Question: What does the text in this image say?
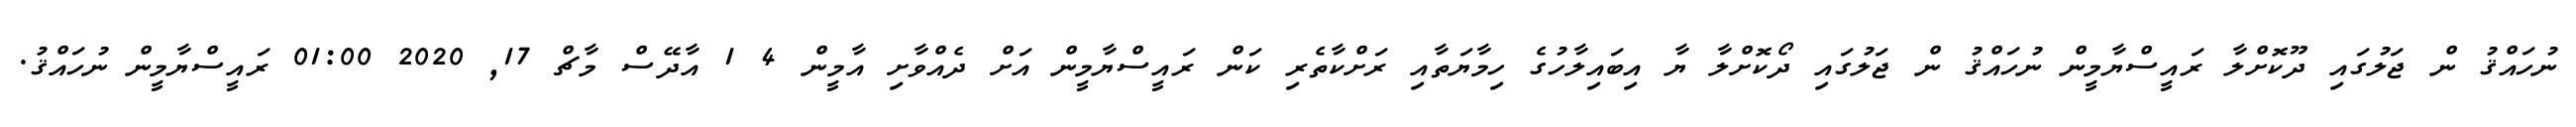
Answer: ނުހައްޤު ން ޖަލުގައި ދޫކޮށްލާ ރައީސްޔާމީން ނުހައްޤު ން ޖަލުގައި ދޯކޮށްލާ ޔާ އިބައިލާހުގެ ހިމާޔަތާއި ރަށްކާތެރި ކަން ރައީސްޔާމީން އަށް ދެއްވާށި އާމީން 4 1 އާދޭސް މާޗް 17, 2020 01:00 ރައީސްޔާމީން ނުހައްޤު.